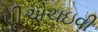
પીએચઇવી